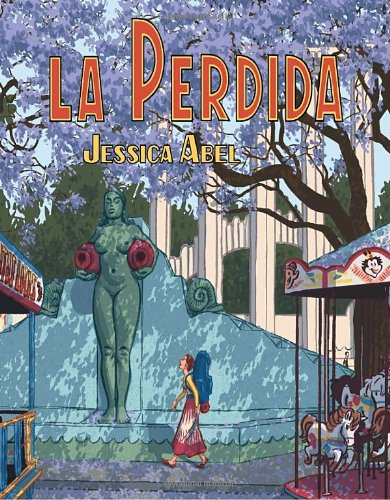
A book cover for La Perdida; Jessica Abel; Comics & Graphic Novels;